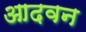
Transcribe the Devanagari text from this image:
आदवन